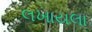
લખાયલા